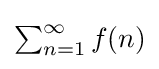
{\textstyle \sum _{n=1}^{\infty }f(n)}